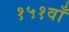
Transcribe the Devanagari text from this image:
१५१वाँ